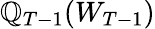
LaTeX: \mathbb{Q}_{T-1}(W_{T-1})